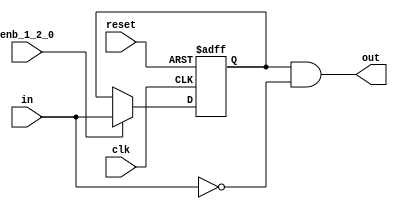
// -------------------------------------------------------------
// 
// 
// Generated by MATLAB 9.13 and HDL Coder 4.0
// 
// -------------------------------------------------------------


// -------------------------------------------------------------
// 
// Module: whdlOFDMTx_Falling_Edge_Detector
// Source Path: whdlOFDMTx/Frame Controller and Input Sampler/Frame Controller/Generate OFDM Modulator Ready/Control 
// OFDM Signal Generation/Falling Edge Detecto
// Hierarchy Level: 7
// 
// -------------------------------------------------------------

`timescale 1 ns / 1 ns

module whdlOFDMTx_Falling_Edge_Detector
          (clk,
           reset,
           enb_1_2_0,
           in,
           out);


  input   clk;
  input   reset;
  input   enb_1_2_0;
  input   in;
  output  out;


  reg  Delay3_out1;
  wire Logical_Operator2_out1;
  wire Logical_Operator1_out1;


  always @(posedge clk or posedge reset)
    begin : Delay3_process
      if (reset == 1'b1) begin
        Delay3_out1 <= 1'b0;
      end
      else begin
        if (enb_1_2_0) begin
          Delay3_out1 <= in;
        end
      end
    end



  assign Logical_Operator2_out1 =  ~ in;



  assign Logical_Operator1_out1 = Delay3_out1 & Logical_Operator2_out1;



  assign out = Logical_Operator1_out1;

endmodule  // whdlOFDMTx_Falling_Edge_Detector